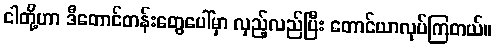
ငါတို့ဟာ ဒီတောင်တန်းတွေပေါ်မှာ လှည့်လည်ပြီး တောင်ယာလုပ်ကြတယ်။